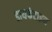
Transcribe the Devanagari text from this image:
डायफंटाइन